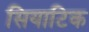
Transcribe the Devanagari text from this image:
सियाटिक